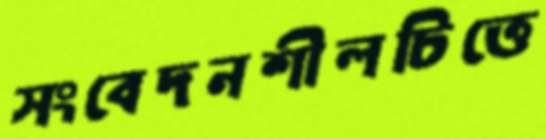
সংবেদনশীলচিত্তে